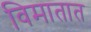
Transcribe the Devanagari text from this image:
विमातात